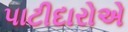
પાટીદારોએ